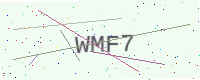
Text: WMF7